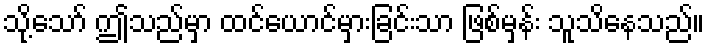
သို့သော် ဤသည်မှာ ထင်ယောင်မှားခြင်းသာ ဖြစ်မှန်း သူသိနေသည်။